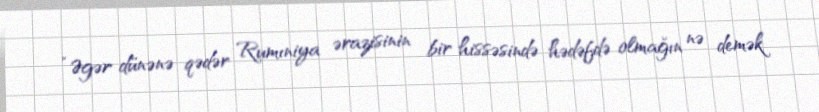
“Əgər dünənə qədər Rumıniya ərazisinin bir hissəsində hədəfdə olmağın nə demək